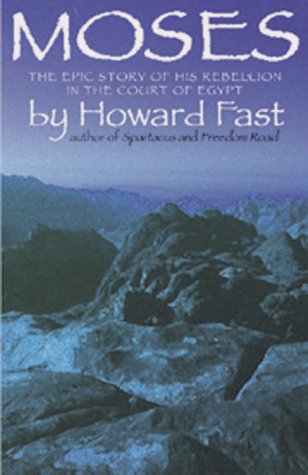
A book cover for Moses: Prince of Egypt; Howard Fast; Christian Books & Bibles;